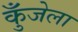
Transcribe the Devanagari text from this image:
कुँजेला